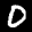
Label: 0